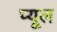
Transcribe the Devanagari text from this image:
प्यूल